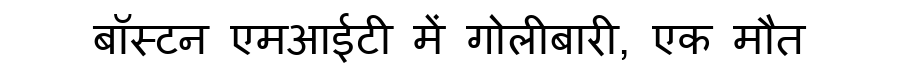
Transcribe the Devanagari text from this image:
बॉस्टन एमआईटी में गोलीबारी, एक मौत